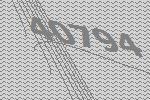
40794